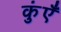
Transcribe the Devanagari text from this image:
कुंएँ